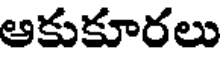
అకుకూరలు